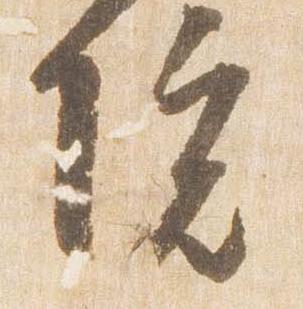
院